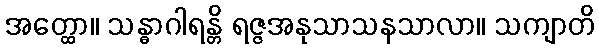
အတ္ထော။ သန္ဓာဂါရန္တိ ရဇ္ဇအနုသာသနသာလာ။ သကျာတိ